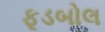
ફૂડબોલ